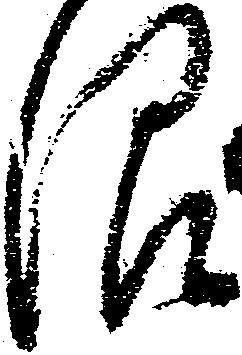
限